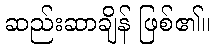
ဆည်းဆာချိန် ဖြစ်၏။